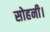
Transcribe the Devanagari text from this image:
सोहनी।